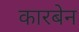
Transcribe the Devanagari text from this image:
कारबेन